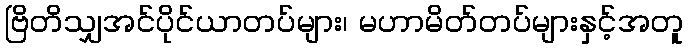
ဗြိတိသျှအင်ပိုင်ယာတပ်များ၊ မဟာမိတ်တပ်များနှင့်အတူ